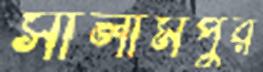
সালামপুর